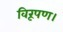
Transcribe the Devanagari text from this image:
विरूपण।